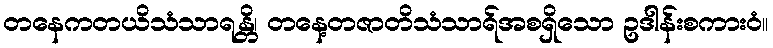
တနေကတယိသံသာရန္တိ၊ တနေ့တဇာတိသံသာရ်အစရှိသော ဥဒါန်းစကားဝံ။